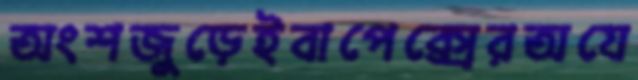
অংশজুড়েইবাপেক্সেরঅযে